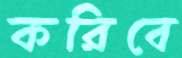
করিবে